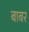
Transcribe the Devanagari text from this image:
बाबर